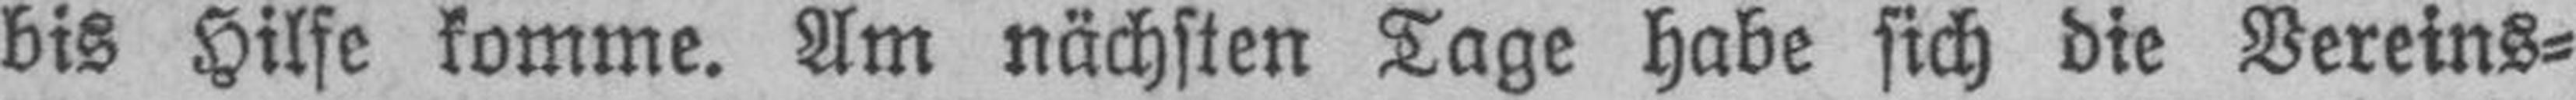
bis Hilfe komme. Am nächsten Tage habe sich die Vereins¬